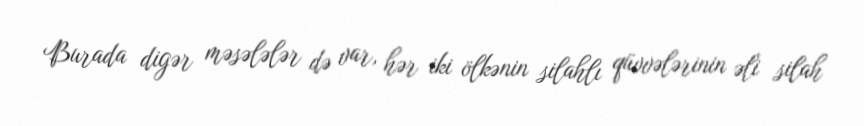
Burada digər məsələlər də var, hər iki ölkənin silahlı qüvvələrinin əli silah